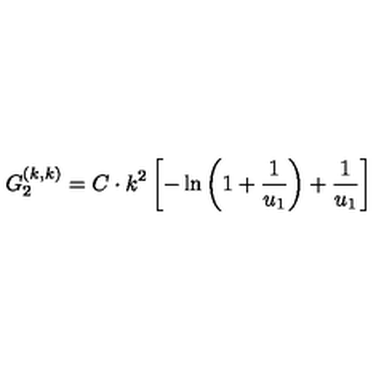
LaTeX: G _ { 2 } ^ { ( k , k ) } = C \cdot k ^ { 2 } \left[ - \ln \left( 1 + \frac { 1 } { u _ { 1 } } \right) + \frac { 1 } { u _ { 1 } } \right]